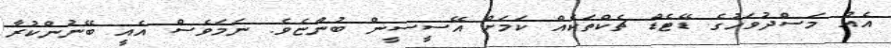
އެއް މަސްދުވަހުގެ ޑޭޓެޑް ޗެކްތަކެއް ކަމަށް އޭސީސީން ބުންޏެވެ. ނަމަވެސް އެއީ ބޭނުންކުރާ